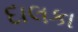
દાલકા